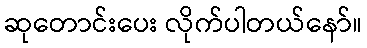
ဆုတောင်းပေး လိုက်ပါတယ်နော်။